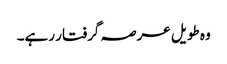
وہ طویل عرصہ گرفتار رہے۔